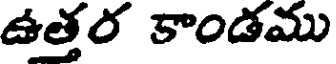
ఉత్తర కాండము